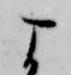
よ